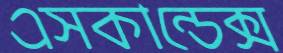
এসকান্ডেক্স